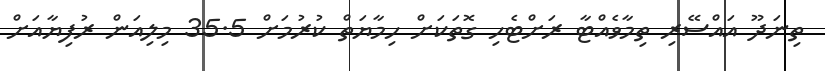
ތިނަދޫ އައްސޭރި ތިމާވެއްޓާ ރަށްޓެހި ގޮތަކަށް ހިމާޔަތް ކުރުމަށް 35.5 މިލިއަން ރުފިޔާއަށް